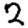
Digit: 2